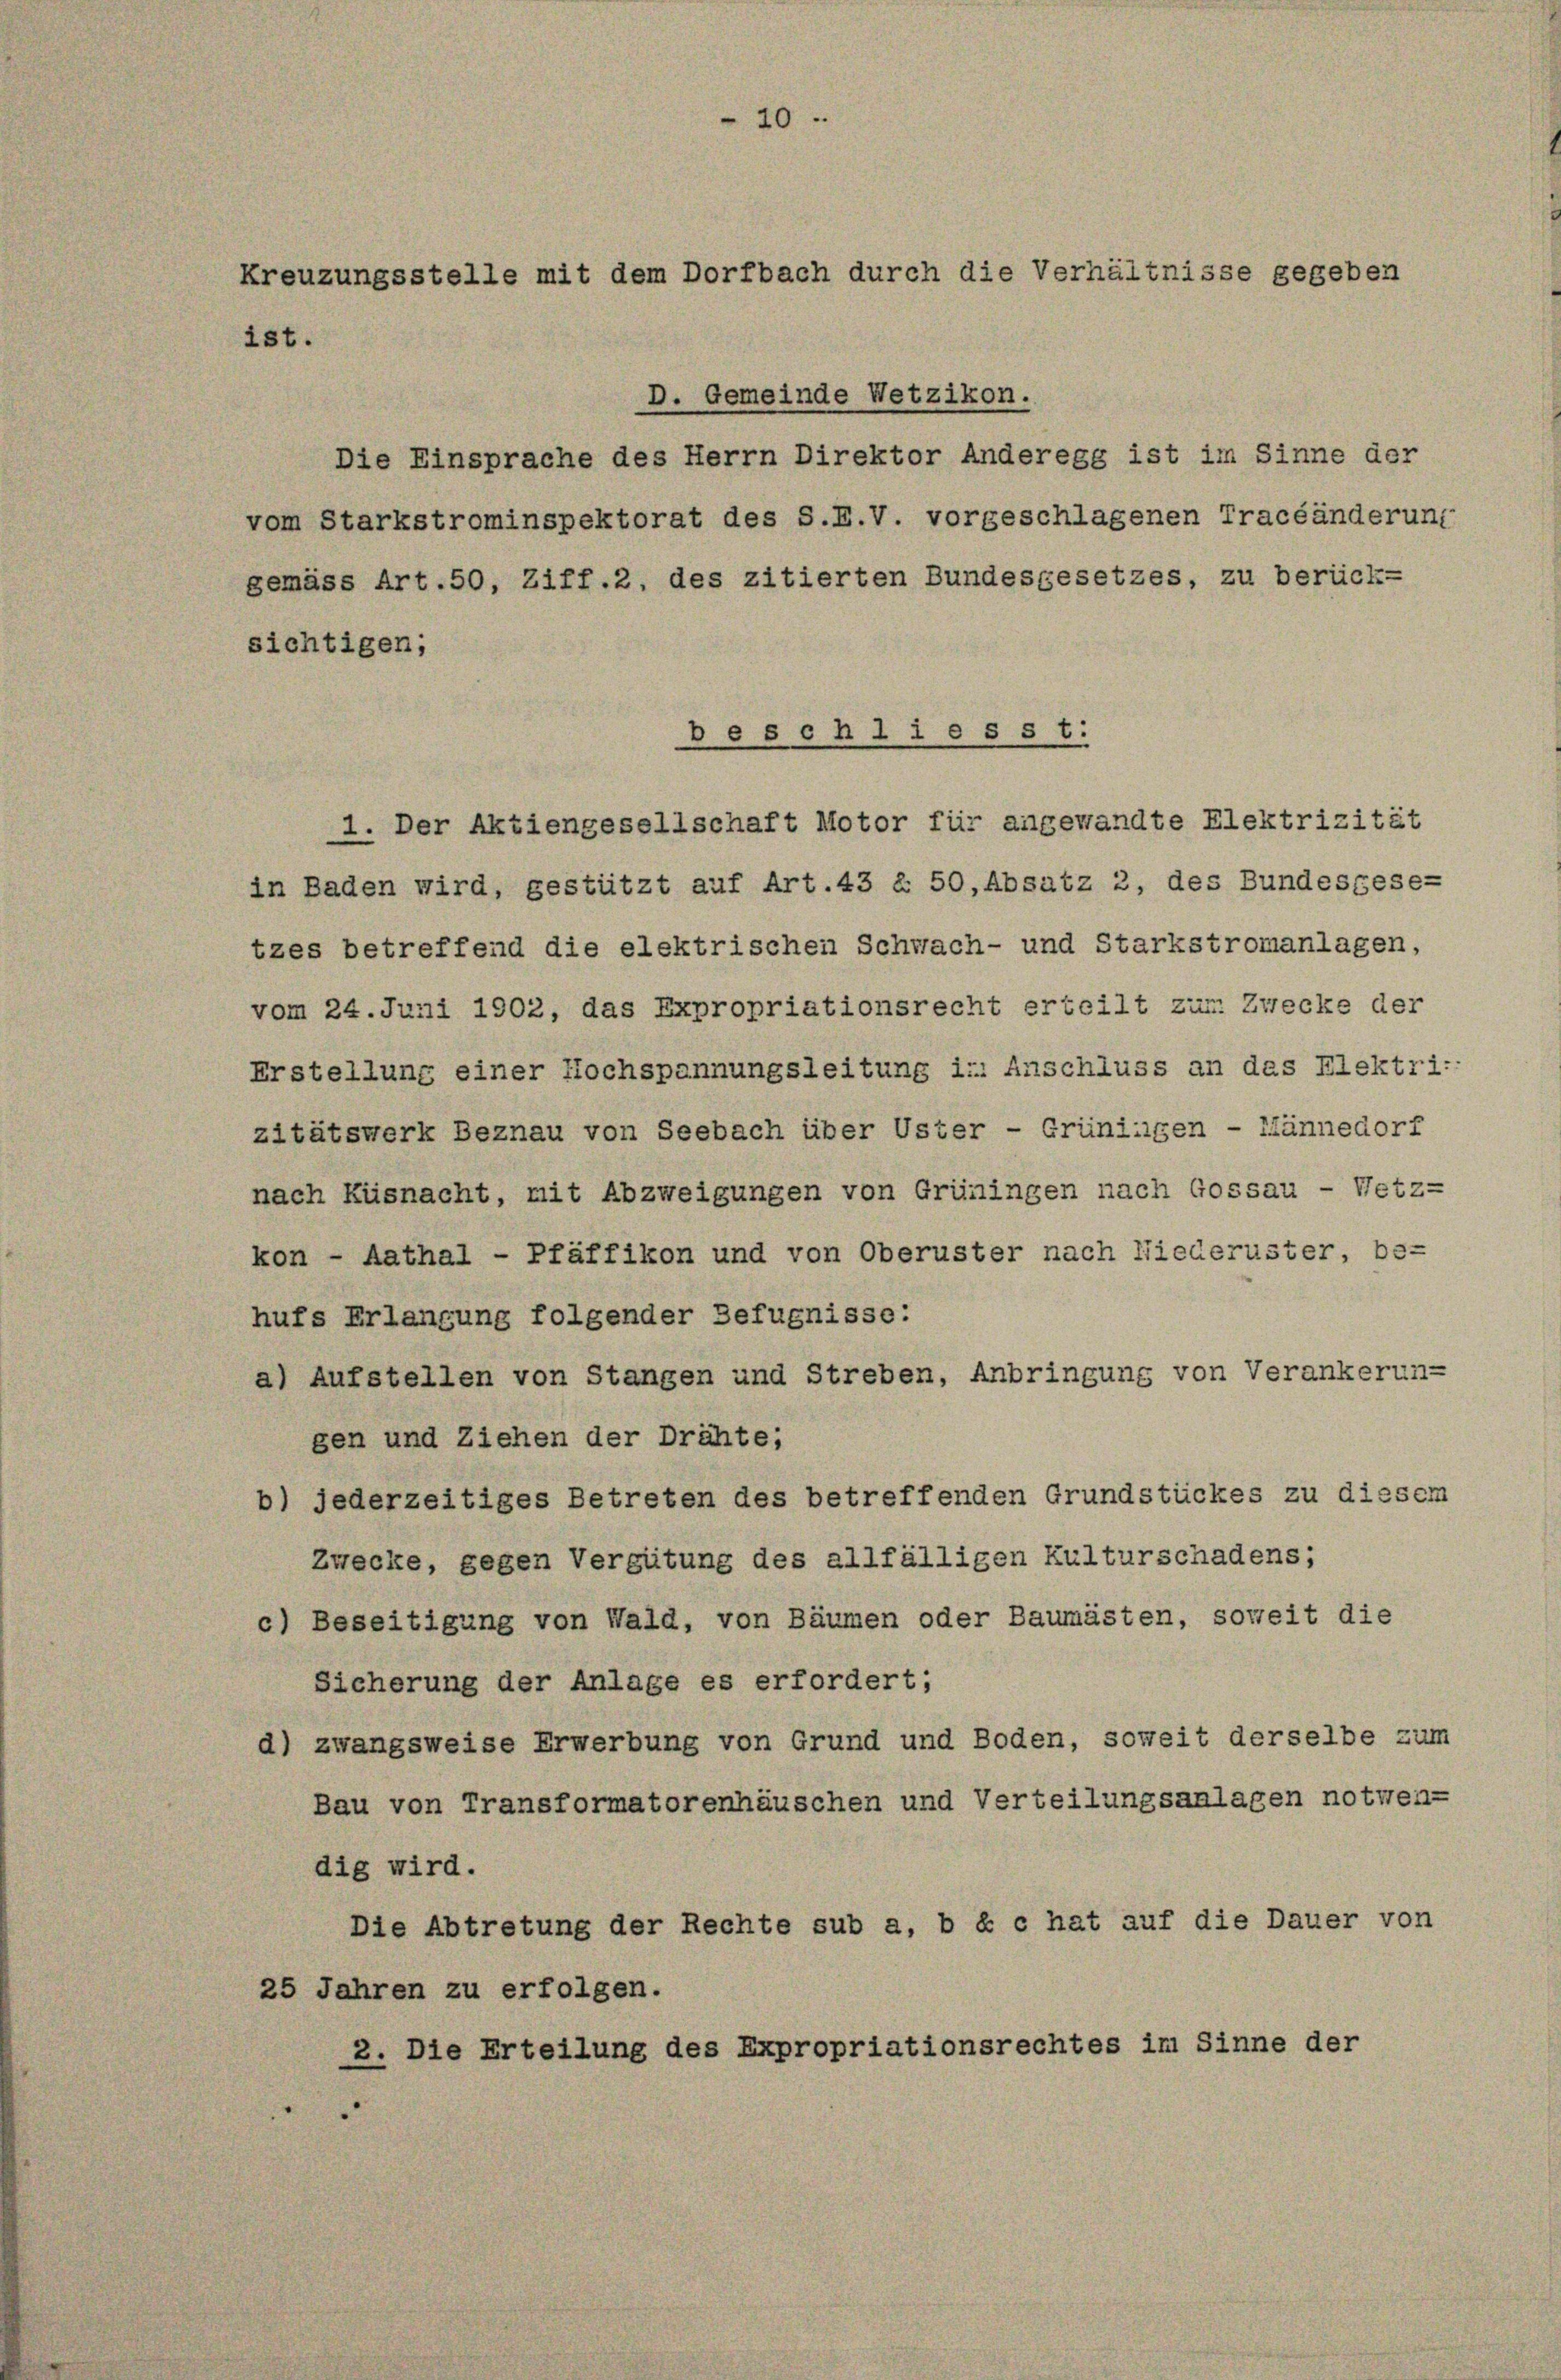
20

Kreuzungsstelle mit dem Dorfbach durch die Verhältnisse gegeben
ist.

D. Gemeinde Wetzikon.
Die Einsprache des Herrn Direktor Anderegg ist im Sinne der
vom Starkstrominspektorat des S.F.V. vorgeschlagenen Tracéänderung
gemäss Art. 50, Ziff. 2, des zitierten Bundesgesetzes, zu berück-
sichtigen;
beschliesst:
1. Der Aktiengesellschaft Motor für angewandte Elektrizität
in Baden wird, gestützt auf Art.43 § 50,Absatz 2, des Bundesgesetzes betreffend die elektrischen Schwach- und Starkstromanlagen,
vom 24. Juni 1902, das Expropriationsrecht erteilt zum Zwecke der
Erstellung einer Hochspannungsleitung in: Anschluss an das Flektri:
zitätswerk Beznau von Seebach über Uster - Grüningen - Männedorf
nach Küsnacht, mit Abzweigungen von Grüningen nach Gossau - Wetz-
kon - Aathal - Pfäffikon und von Oberuster nach Niederuster, be-
hufs Erlangung folgender Befugnisse:
a) Aufstellen von Stangen und Streben, Anbringung von Verankerun-
gen und Ziehen der Drähte;
b) jederzeitiges Betreten des betreffenden Grundstückes zu diesem
Zwecke, gegen Vergütung des allfälligen Kulturschadens;
c) Beseitigung von Wald, von Bäumen oder Baumästen, soweit die
Sicherung der Anlage es erfordert;
d) zwangsweise Erwerbung von Grund und Boden, soweit derselbe zum
Bau von Transformatorenhäuschen und Verteilungsanlagen notwen-
dig wird.
Die Abtretung der Rechte sub a, b e c hat auf die Dauer von
25 Jahren zu erfolgen.
2. Die Erteilung des Expropriationsrechtes im Sinne der